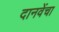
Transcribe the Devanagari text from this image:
दानवेंचा